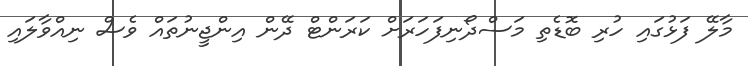
މާލޭ ފަޅުގައި ހުރި ބޮޑެތި މަސްދޯނިފަހަރަށް ކަރަންޓް ދޭން އިންޖީނުތައް ވެސް ނިއްވާލައި